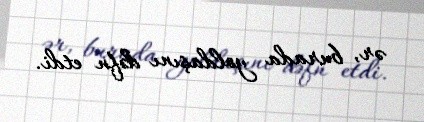
ər, burada yoldaşını dəfn etdi.